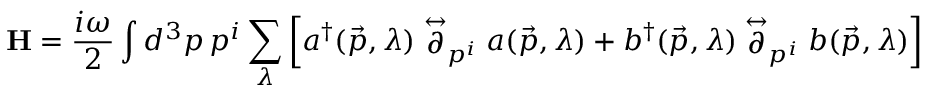
{ \bf H } = \frac { i \omega } { 2 } \int d ^ { 3 } p \, p ^ { i } \sum _ { \lambda } \left[ a ^ { \dagger } ( \vec { p } , \lambda ) \stackrel { \leftrightarrow } { \partial } _ { p ^ { i } } a ( \vec { p } , \lambda ) + b ^ { \dagger } ( \vec { p } , \lambda ) \stackrel { \leftrightarrow } { \partial } _ { p ^ { i } } b ( \vec { p } , \lambda ) \right]